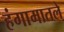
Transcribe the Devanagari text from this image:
हंगामातले